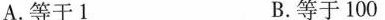
A.等于1 B.等于100